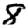
Digit: 8